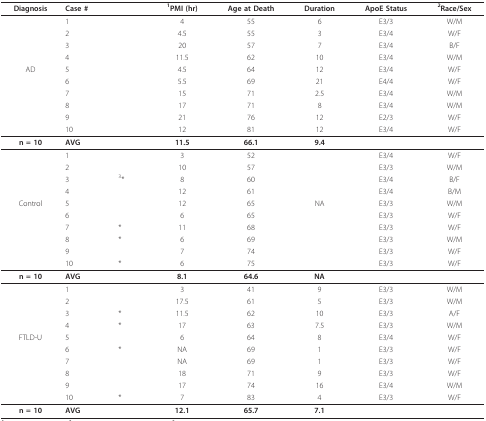
<table><thead><tr><td><b>Diagnosis</b></td><td><b>Case #</b></td><td></td><td><b><sup>1</sup>PMI (hr)</b></td><td><b>Age at Death</b></td><td><b>Duration</b></td><td><b>ApoE Status</b></td><td><b><sup>2</sup>Race/Sex</b></td></tr></thead><tbody><tr><td></td><td>1</td><td></td><td>4</td><td>55</td><td>6</td><td>E3/3</td><td>W/M</td></tr><tr><td></td><td>2</td><td></td><td>4.5</td><td>55</td><td>3</td><td>E3/4</td><td>W/F</td></tr><tr><td></td><td>3</td><td></td><td>20</td><td>57</td><td>7</td><td>E3/4</td><td>B/F</td></tr><tr><td></td><td>4</td><td></td><td>11.5</td><td>62</td><td>10</td><td>E3/4</td><td>W/M</td></tr><tr><td>AD</td><td>5</td><td></td><td>4.5</td><td>64</td><td>12</td><td>E3/4</td><td>W/F</td></tr><tr><td></td><td>6</td><td></td><td>5.5</td><td>69</td><td>21</td><td>E4/4</td><td>W/F</td></tr><tr><td></td><td>7</td><td></td><td>15</td><td>71</td><td>2.5</td><td>E3/4</td><td>W/M</td></tr><tr><td></td><td>8</td><td></td><td>17</td><td>71</td><td>8</td><td>E3/4</td><td>W/M</td></tr><tr><td></td><td>9</td><td></td><td>21</td><td>76</td><td>12</td><td>E2/3</td><td>W/F</td></tr><tr><td></td><td>10</td><td></td><td>12</td><td>81</td><td>12</td><td>E3/4</td><td>W/F</td></tr><tr><td><b>n = 10</b></td><td><b>AVG</b></td><td></td><td><b>11.5</b></td><td><b>66.1</b></td><td><b>9.4</b></td><td></td><td></td></tr><tr><td></td><td>1</td><td></td><td>3</td><td>52</td><td></td><td>E3/4</td><td>W/F</td></tr><tr><td></td><td>2</td><td></td><td>10</td><td>57</td><td></td><td>E3/3</td><td>W/M</td></tr><tr><td></td><td>3</td><td><sup>3</sup>*</td><td>8</td><td>60</td><td></td><td>E3/4</td><td>B/F</td></tr><tr><td></td><td>4</td><td></td><td>12</td><td>61</td><td></td><td>E3/4</td><td>B/M</td></tr><tr><td>Control</td><td>5</td><td></td><td>12</td><td>65</td><td>NA</td><td>E3/3</td><td>W/M</td></tr><tr><td></td><td>6</td><td></td><td>6</td><td>65</td><td></td><td>E3/3</td><td>W/F</td></tr><tr><td></td><td>7</td><td>*</td><td>11</td><td>68</td><td></td><td>E3/3</td><td>W/F</td></tr><tr><td></td><td>8</td><td>*</td><td>6</td><td>69</td><td></td><td>E3/3</td><td>W/M</td></tr><tr><td></td><td>9</td><td></td><td>7</td><td>74</td><td></td><td>E3/3</td><td>W/F</td></tr><tr><td></td><td>10</td><td>*</td><td>6</td><td>75</td><td></td><td>E3/3</td><td>W/F</td></tr><tr><td><b>n = 10</b></td><td><b>AVG</b></td><td></td><td><b>8.1</b></td><td><b>64.6</b></td><td><b>NA</b></td><td></td><td></td></tr><tr><td></td><td>1</td><td></td><td>3</td><td>41</td><td>9</td><td>E3/3</td><td>W/M</td></tr><tr><td></td><td>2</td><td></td><td>17.5</td><td>61</td><td>5</td><td>E3/3</td><td>W/M</td></tr><tr><td></td><td>3</td><td>*</td><td>11.5</td><td>62</td><td>10</td><td>E3/3</td><td>A/F</td></tr><tr><td></td><td>4</td><td>*</td><td>17</td><td>63</td><td>7.5</td><td>E3/3</td><td>W/M</td></tr><tr><td>FTLD-U</td><td>5</td><td></td><td>6</td><td>64</td><td>8</td><td>E3/4</td><td>W/F</td></tr><tr><td></td><td>6</td><td>*</td><td>NA</td><td>69</td><td>1</td><td>E3/3</td><td>W/F</td></tr><tr><td></td><td>7</td><td></td><td>NA</td><td>69</td><td>1</td><td>E3/3</td><td>W/F</td></tr><tr><td></td><td>8</td><td></td><td>18</td><td>71</td><td>9</td><td>E3/3</td><td>W/F</td></tr><tr><td></td><td>9</td><td></td><td>17</td><td>74</td><td>16</td><td>E3/4</td><td>W/M</td></tr><tr><td></td><td>10</td><td>*</td><td>7</td><td>83</td><td>4</td><td>E3/3</td><td>W/F</td></tr><tr><td><b>n = 10</b></td><td><b>AVG</b></td><td></td><td><b>12.1</b></td><td><b>65.7</b></td><td><b>7.1</b></td><td></td><td></td></tr></tbody></table>